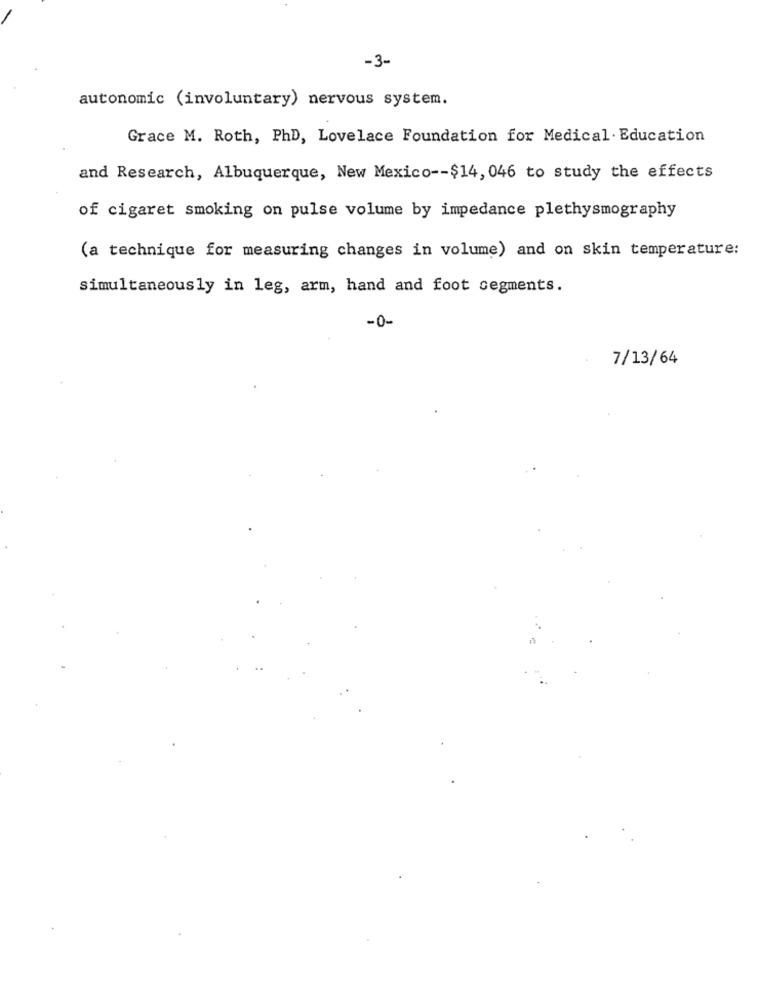
-3-
autonomic (involuntary) nervous system.
Grace M. Roth, PhD, Lovelace Foundation for Medical. Education
and Research, Albuquerque, New Mexico -- $14, 046 to study the effects
of cigaret smoking on pulse volume by impedance plethysmography
(a technique for measuring changes in volume) and on skin temperature:
simultaneously in leg, arm, hand and foot segments.
-0-
7/13/64